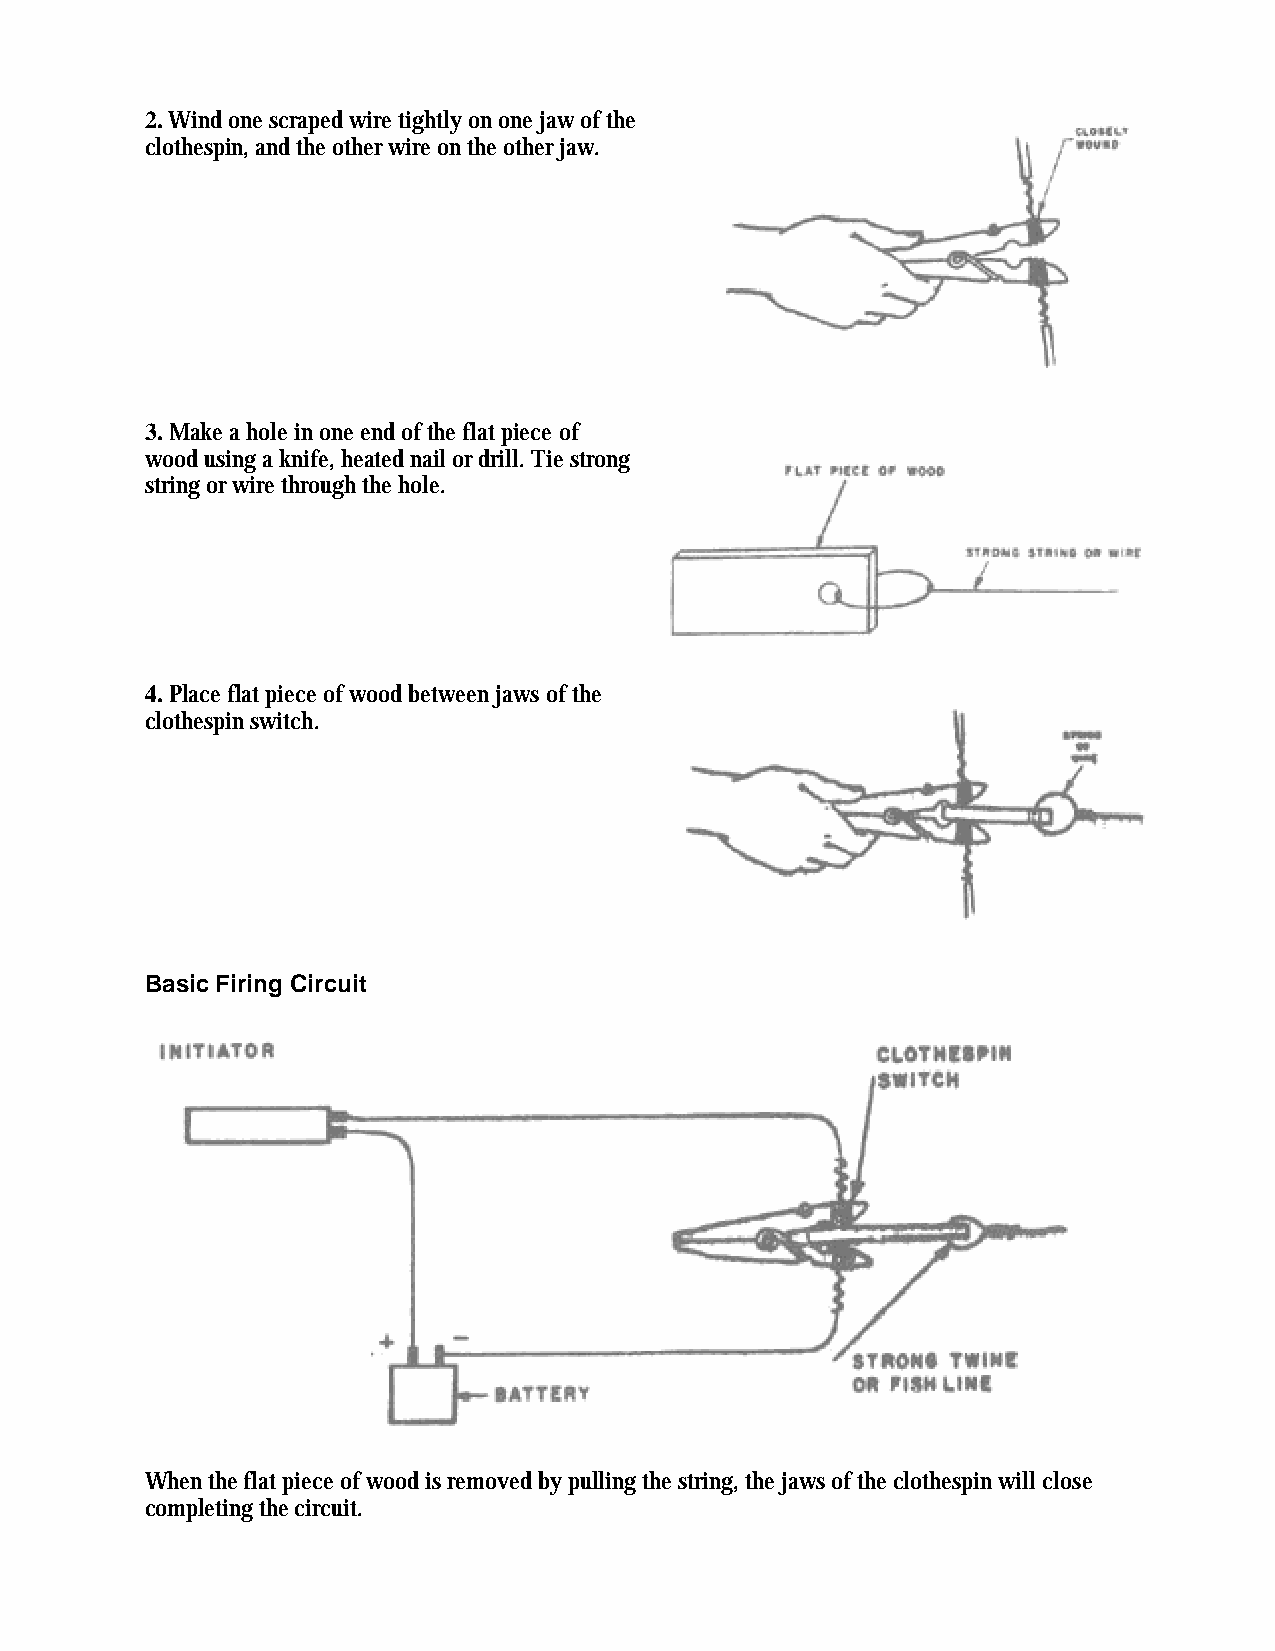
2. Wind one scraped wire tightly on one jaw of the
 clothespin, and the other wire on the other jaw.
 3. Make a hole in one end of the flat piece of
 wood using a knife, heated nail or drill. Tie strong
 string or wire through the hole.
 4. Place flat piece of wood between jaws of the
 clothespin switch.
 Basic Firing Circuit
 When the flat piece of wood is removed by pulling the string, the jaws of the clothespin will close
 completing the circuit.